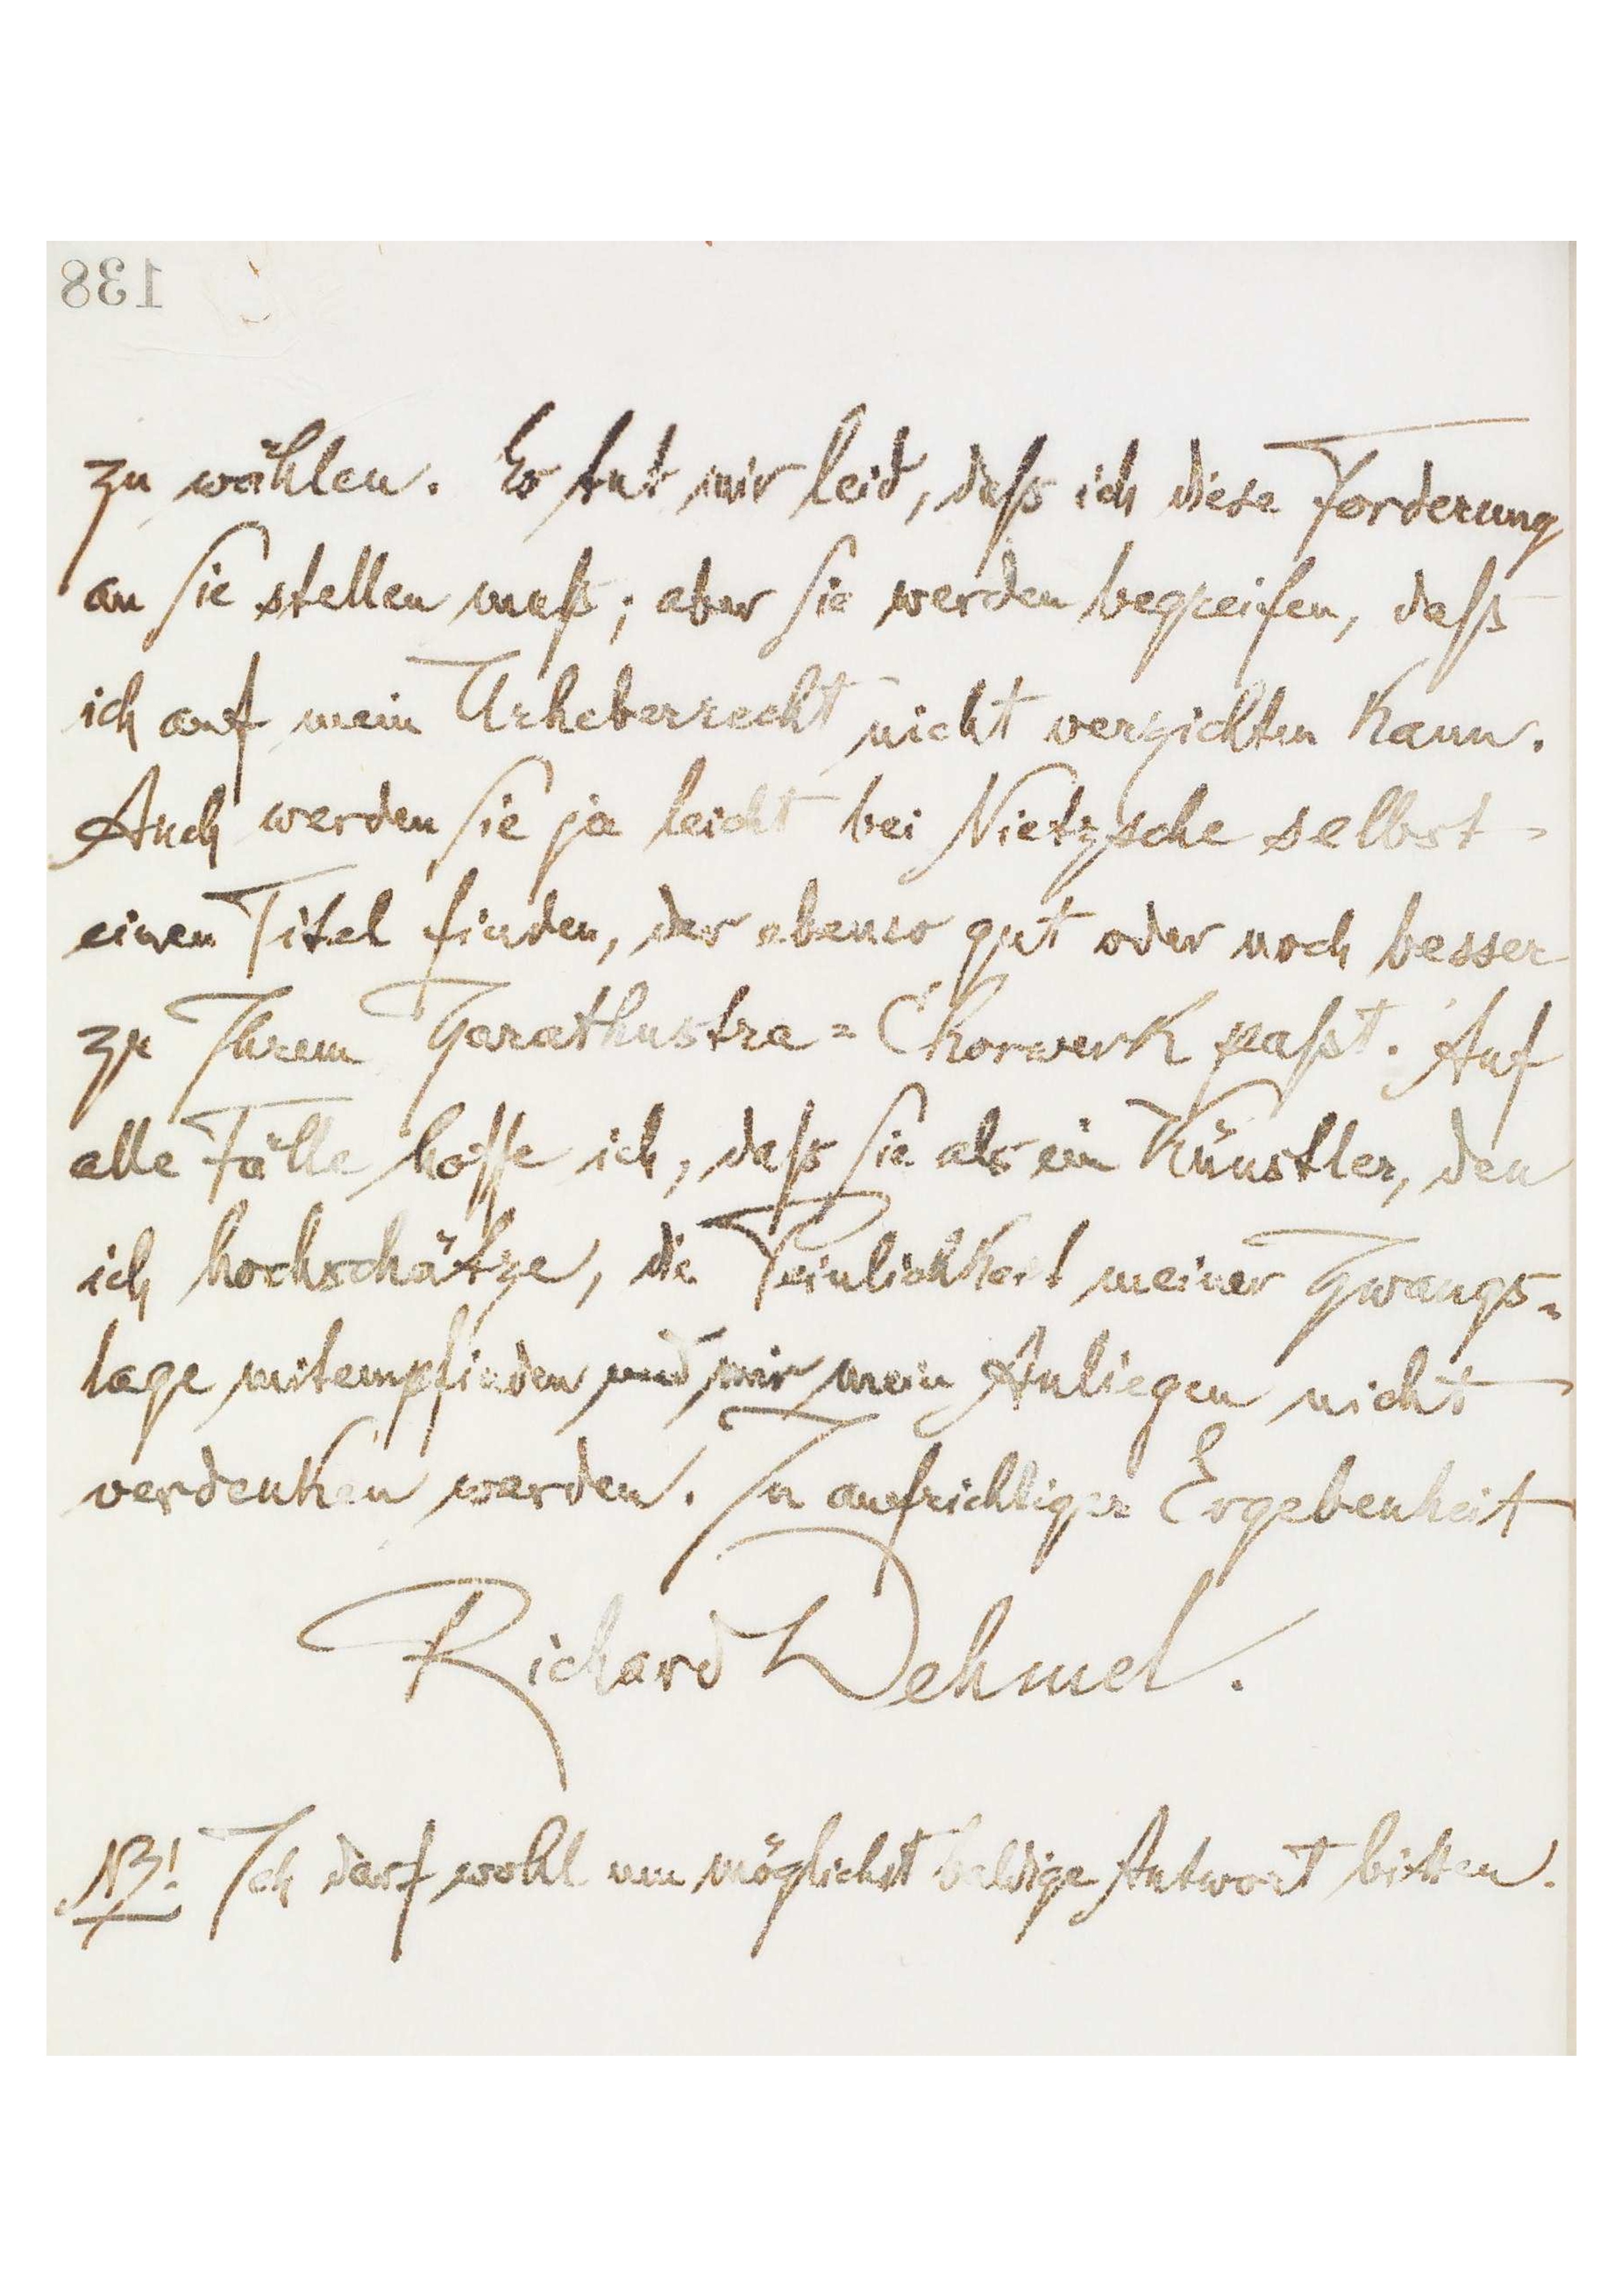
[138]
zu wählen. Es tut mir leid, daß ich diese Forderung
an Sie stellen muß; aber Sie werden begreifen, daß
ich auf mein Urheberrecht nicht verzichten kann.
Auch werden Sie ja leicht bei Nietzsche selbst
einen Titel finden, der ebenso gut oder noch besser
zu Ihrem Zarathustra-Chorwerk paßt. Auf
alle Fälle hoffe ich, daß Sie als ein Künstler, den
ich hochschätze, die Peinlichkeit meiner Zwangs-
lage mitempfinden und mir mein Anliegen nicht
verdenken werden. In aufrichtigster Ergebenheit
Richard Dehmel.
 ! Ich darf wohl um möglichst baldige Antwort bitten.